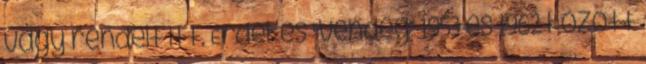
vagy rendelt itt. Érdekes "vendég" 1953 és 1962 között